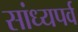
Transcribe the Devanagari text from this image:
सांध्यपर्व